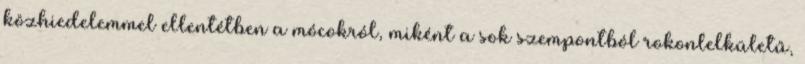
közhiedelemmel ellentétben a mócokról, miként a sok szempontból rokonlelkületű,